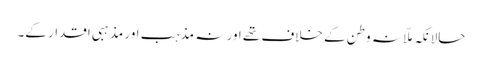
حالانکہ ملّا نہ وطن کے خلاف تھے اور نہ مذہب اور مذہبی اقدار کے۔